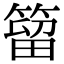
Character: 𥰣